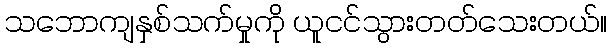
သဘောကျနှစ်သက်မှုကို ယူငင်သွားတတ်သေးတယ်။